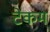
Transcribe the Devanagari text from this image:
टेकम